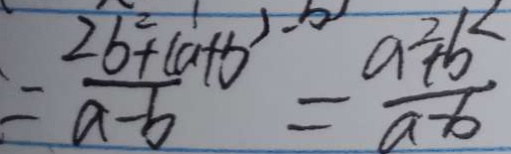
= \frac { 2 b ^ { 2 } + ( a + b } { a - b } = \frac { a ^ { 2 } + b ^ { 2 } } { a - b }